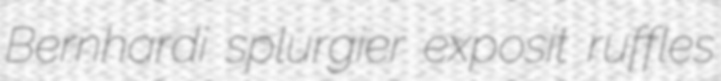
Bernhardi splurgier exposit ruffles